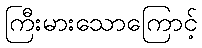
ကြီးမားသောကြောင့်